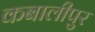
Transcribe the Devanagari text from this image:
कबालीपुर